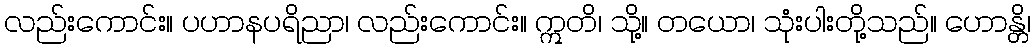
လည်းကောင်း။ ပဟာနပရိညာ၊ လည်းကောင်း။ ဣတိ၊ သို့။ တယော၊ သုံးပါးတို့သည်။ ဟောန္တိ၊